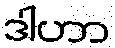
ဒါဟာ